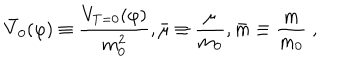
{ \bar { V } _ { 0 } } ( \varphi ) \equiv { \frac { V _ { T = 0 } ( \varphi ) } { m _ { 0 } ^ { 2 } } } , { \bar { \mu } } \equiv { \frac { \mu } { m _ { 0 } } } , { \bar { m } } \equiv { \frac { m } { m _ { 0 } } } \; ,